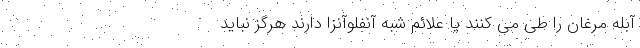
آبله مرغان را طی می کنند یا علائم شبه آنفلوآنزا دارند هرگز نباید